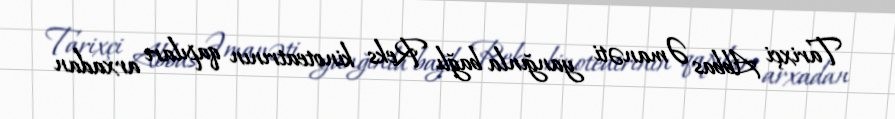
Tarixçi Abbas Əmanəti yanğınla bağlı Reks kinoteatrının qapıları arxadan